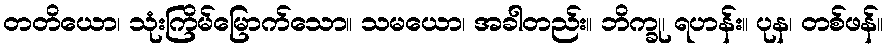
တတိယော၊ သုံးကြိမ်မြောက်သော။ သမယော၊ အခါတည်း။ ဘိက္ခု၊ ရဟန်း။ ပုန၊ တစ်ဖန်။